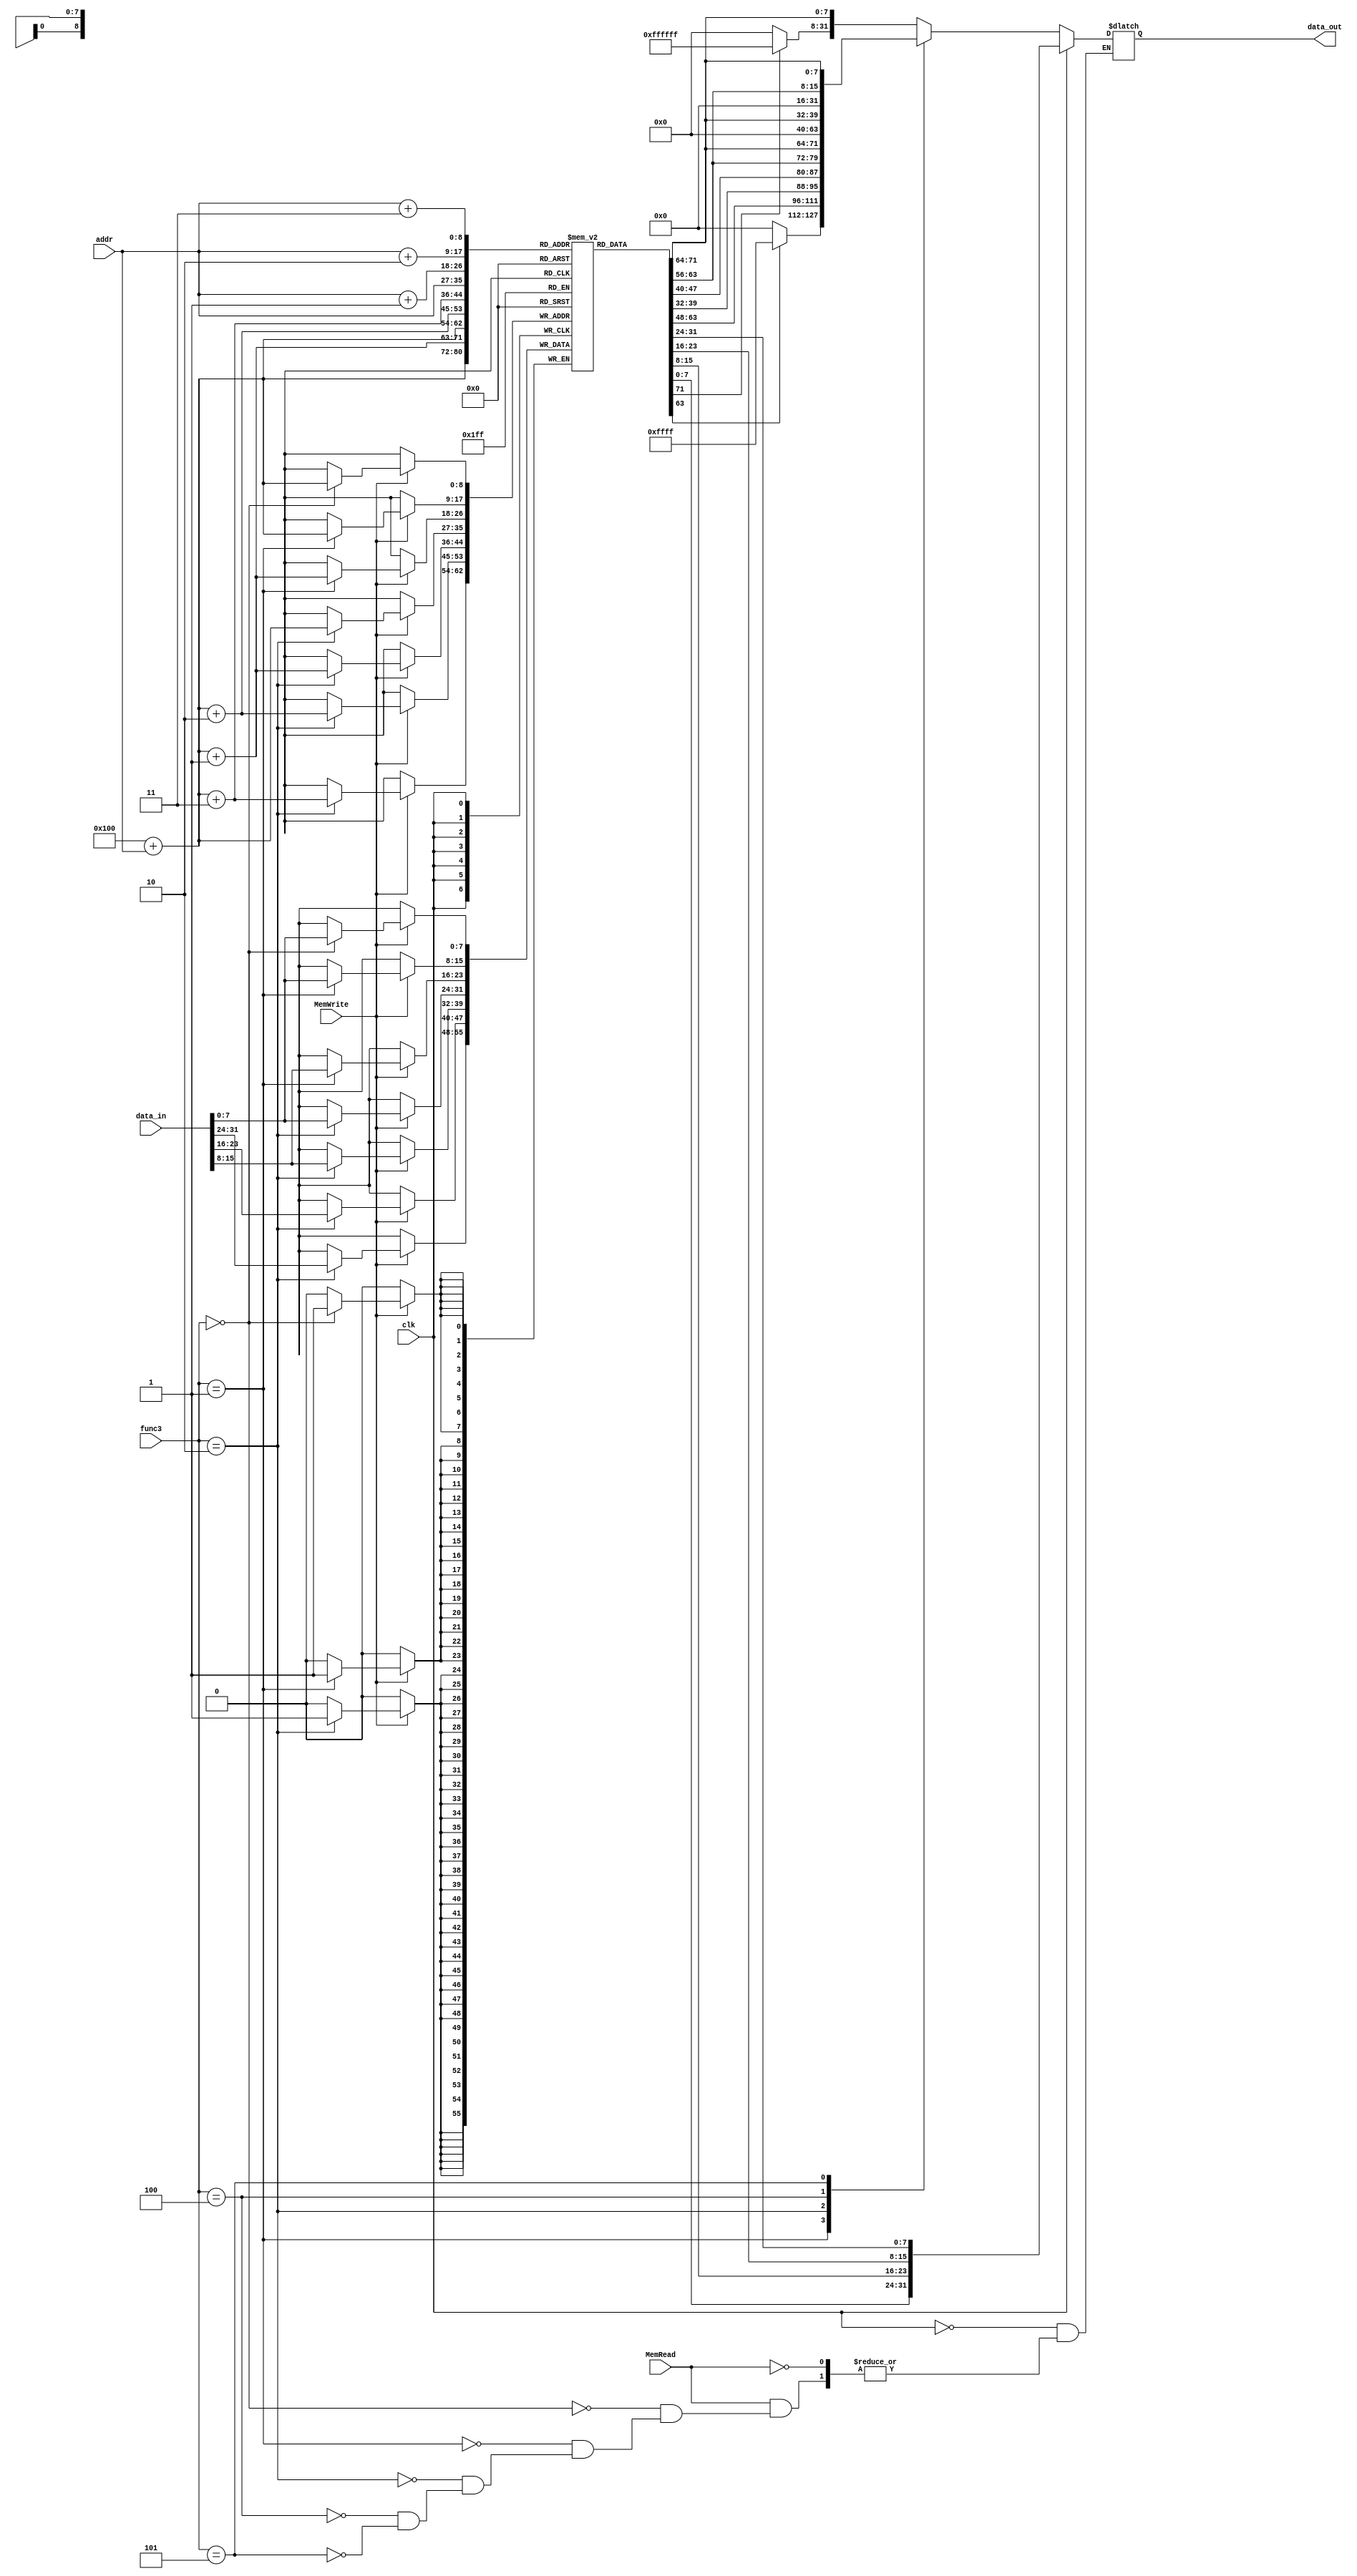
`timescale 1ns / 1ps
//////////////////////////////////////////////////////////////////////////////////
// Company: 
// Engineer: 
// 
// Design Name: 
// Module Name: memory
// Project Name: 
// Target Devices: 
// Tool Versions: 
// Description: 
// 
// Dependencies: 
// 
// Revision:
// Revision 0.01 - File Created
// Additional Comments:
// 
//////////////////////////////////////////////////////////////////////////////////


module memory(input clk, input MemRead, input MemWrite,
 input [8:0] addr, input [31:0] data_in, output reg[31:0] data_out, input [2:0]func3
 );
reg [7:0] mem [511:0];
wire [8:0]offset;
assign offset = 256;



integer i;
// initial begin
 
// for(i = 0; i<512; i=i+1) begin
// mem[i] = 8'd0;
// end
 
//    {mem[256 +3],mem[256 + 2],mem[256 + 1],mem[256 + 0]} = 32'd17;
//    {mem[256 +7],mem[256 + 6],mem[256 + 5],mem[256 + 4]}  = 32'd9;
//  {mem[256 +11],mem[256 + 10],mem[256 + 9],mem[256 + 8]}  = 32'd25;
// //{mem[offset +15],mem[offset + 14],mem[offset + 13],mem[offset + 12]}  = 32'h80000000;
 
 
 
//    {mem[3],mem[2],mem[1],mem[0]}=32'b0000000_00000_00000_000_00000_0110011 ; //add x0, x0, x0
//    {mem[7],mem[6],mem[5],mem[4]}=32'b0000000_00000_00000_000_00000_0110011 ; //add x0, x0, x0
//    {mem[11],mem[10],mem[9],mem[8]} =32'b0000000_00000_00000_000_00000_0110011 ; //add x0, x0, x0
//    {mem[15],mem[14],mem[13],mem[12]} =32'b000000000000_00000_010_00001_0000011 ; //lw x1, 0(x0)
//    {mem[19],mem[18],mem[17],mem[16]} =32'b000000000100_00000_010_00010_0000011 ; //lw x2, 4(x0)
//    {mem[23],mem[22],mem[21],mem[20]} =32'b000000001000_00000_010_00011_0000011 ; //lw x3, 8(x0)
//    {mem[27],mem[26],mem[25],mem[24]} =32'b0000000_00010_00001_110_00100_0110011 ; //or x4, x1, x2
//    {mem[31],mem[30],mem[29],mem[28]} =32'h00320463; //beq x4, x3, 8
//    {mem[35],mem[34],mem[33],mem[32]} =32'b0000000_00010_00001_000_00011_0110011 ; //add x3, x1, x2
//    {mem[39],mem[38],mem[37],mem[36]} =32'b0000000_00010_00011_000_00101_0110011 ; //add x5, x3, x2
//    {mem[43],mem[42],mem[41],mem[40]} =32'b0000000_00101_00000_010_01100_0100011; //sw x5, 12(x0)
//    {mem[47],mem[46],mem[45],mem[44]} =32'b000000001100_00000_010_00110_0000011 ; //lw x6, 12(x0)
//    {mem[51],mem[50],mem[49],mem[48]} =32'b0000000_00000_00000_000_00000_0110011 ; //add x0, x0, x0
//    {mem[55],mem[54],mem[53],mem[52]} =32'b0000000_00001_00110_111_00111_0110011 ; //and x7, x6, x1
//    {mem[59],mem[58],mem[57],mem[56]} =32'b0100000_00010_00001_000_01000_0110011 ; //sub x8, x1, x2
//    {mem[63],mem[62],mem[61],mem[60]} =32'b0000000_00010_00001_000_00000_0110011 ; //add x0, x1, x2
//    {mem[67],mem[66],mem[65],mem[64]} =32'b0000000_00001_00000_000_01001_0110011 ; //add x9, x0, x1              
                  
                  
//         {mem[3], mem[2], mem[1], mem[0]}=32'b00000000000000001001010100010111; // auipc x10, 9
//         {mem[7], mem[6], mem[5], mem[4]}=32'b00000000000000001001010010110111; // lui x9, 9
//         {mem[11], mem[10], mem[9], mem[8]}=32'b00000000010001010000010110010011; // addi x11, x10, 4
//         {mem[15], mem[14], mem[13], mem[12]}=32'b00000000000001010000011000110011; //add x12, x10, x0
//         {mem[19], mem[18], mem[17], mem[16]}=32'b00000000100000000000000011101111; //jal ra,8
//         {mem[23], mem[22], mem[21], mem[20]}=32'b00000000000100000000000001110011; // ebreak
//         {mem[27], mem[26], mem[25], mem[24]}=32'b00001000101101010000110001100011; //beq x10, x11, 152
//         {mem[31], mem[30], mem[29], mem[28]}=32'b00000000101101010001010001100011 ;//bne x10, x11, 8
//         {mem[35], mem[34], mem[33], mem[32]}=32'b00000000000000000000000001110011; // ecall
//         {mem[39], mem[38], mem[37], mem[36]}=32'b00000011001000000000001100010011; //addi x6, x0, 50
//         {mem[43], mem[42], mem[41], mem[40]}=32'b00000000001000110001001100010011; //slli x6, x6, 2
//         {mem[47], mem[46], mem[45], mem[44]}=32'b00000000001000000000001110010011 ; //addi x7, x0, 2
//         {mem[51], mem[50], mem[49], mem[48]}=32'b00000000011100000000000000100011;//sb x7, 0(x0)
//         {mem[55], mem[54], mem[53], mem[52]}=32'b00000000101000000001000000100011; //sh x10, 0(x0)
//         {mem[59], mem[58], mem[57], mem[56]}=32'b00000000101000000010000000100011; // sw x10, 0(x0)
//         {mem[63], mem[62], mem[61], mem[60]}=32'b00000000000000000000111000000011; // lb x28, 0(x0)
//         {mem[67], mem[66], mem[65], mem[64]}=32'b00000000000000000001111010000011;//lh x29, 0(x0)
//         {mem[71], mem[70], mem[69], mem[68]}=32'b00000000000000000010111100000011; //lw x30, 0(x0)
//         {mem[75], mem[74], mem[73], mem[72]}=32'b00000000000000000100111110000011; //lbu x31, 0(x0)
//         {mem[79], mem[78], mem[77], mem[76]}=32'b00000000000000000101001100000011; //lhu x6, 0(x0)
//         {mem[83], mem[82], mem[81], mem[80]}=32'b00000110101101100101000001100011; // bge x12, x11, 96
//         {mem[87], mem[86], mem[85], mem[84]}=32'b00000100110001011100111001100011; //blt x11, x12, 92
//         {mem[91], mem[90], mem[89], mem[88]}=32'b00000100101101100111110001100011; //bgeu x12, x11, 88
//         {mem[95], mem[94], mem[93], mem[92]}=32'b00000100110001011110101001100011; //bltu x11, x12, 84
//         {mem[99], mem[98], mem[97], mem[96]}=32'b11111001110001100011001100010011; //sltiu x6, x12, -100
//         {mem[103], mem[102], mem[101], mem[100]}=32'b00000000001100110100111000010011; //xori x28, x6, 3
//         {mem[107], mem[106], mem[105], mem[104]}=32'b00000000010111100110111000010011; //ori x28, x28, 5
//         {mem[111], mem[110], mem[109], mem[108]}=32'b00000000010111100111111000010011; //andi x28, x28, 5
//         {mem[115], mem[114], mem[113], mem[112]}=32'b00000000000111100101111000010011; //srli x28, x28, 1
//         {mem[119], mem[118], mem[117], mem[116]}=32'b00000010100011100000111000010011; //addi x28, x28, 40
//         {mem[123], mem[122], mem[121], mem[120]}=32'b01000000001011100101111000010011; //srai x28, x28, 2
//         {mem[127], mem[126], mem[125], mem[124]}=32'b00000000001100000000001110010011; //addi x7, x0, 3
//         {mem[131], mem[130], mem[129], mem[128]}=32'b01000000011111100000111000110011; // sub x28, x28, x7
//         {mem[135], mem[134], mem[133], mem[132]}=32'b00000001110011100001111000110011; //sll x28, x28, x28
//         {mem[139], mem[138], mem[137], mem[136]}=32'b00000001110011100010111100110011; //slt x30, x28, x28
//         {mem[143], mem[142], mem[141], mem[140]}=32'b00000000011000000000111010010011; //addi x29, x0, 6
//         {mem[147], mem[146], mem[145], mem[144]}=32'b00000001110011101011111100110011; //sltu x30, x29, x28
//         {mem[151], mem[150], mem[149], mem[148]}=32'b00000001110111110100111100110011; //xor x30, x30, x29
//         {mem[155], mem[154], mem[153], mem[152]}=32'b00000000010011110001111100010011; //slli x30, x30, 4
//         {mem[159], mem[158], mem[157], mem[156]}=32'b00000000011111110101111100110011; //srl x30, x30, x7
//         {mem[163], mem[162], mem[161], mem[160]}=32'b01000000011111110101111100110011; //sra x30, x30, x7
//         {mem[167], mem[166], mem[165], mem[164]}=32'b00000000011111110110111100110011; //or x30, x30, x7
//         {mem[171], mem[170], mem[169], mem[168]}=32'b00000001110111110111111100110011; //and x30, x30, x29
//         {mem[175], mem[174], mem[173], mem[172]}=32'b00000000000000000000000000001111;// fence
//         {mem[179], mem[178], mem[177], mem[176]}=32'b00000000000000001000000001100111; // jalr x0, 0(x1)
                  
//end    


//store
 always @(negedge clk) begin
 if(MemWrite ==1) begin
    case(func3)
    3'b000: mem[256 +addr] = data_in[7:0];//SB
    3'b001: begin mem[256 +addr] = data_in[7:0];
    mem[256 +addr+1]= data_in[15:8];//SH
    end
    3'b010: begin mem[256 + addr] = data_in[7:0];
    mem[256 + addr + 1]=data_in[15:8]; 
    mem[256 + addr + 2]=data_in[23:16];
    mem[256 + addr + 3]=data_in[31:24];
    end //SW
    endcase
 end
 end

 
 always @(*) begin
 if(!clk) begin
     if(MemRead == 1)begin
        case(func3)
        //3'b000: data_out  <=  {{24{mem[addr][7]}},mem[addr]};//LB
        3'b000: data_out  <=  {(mem[256 +addr][7]==1'b1)?24'hffffff:24'h000000,mem[256 +addr]};//LB
        //3'b001: data_out  <=  {{16{mem[addr][15]}},mem[addr+1],mem[addr]};//LH
        3'b001: data_out  <=  {(mem[256 +addr+1][7]==1'b1)?16'hffff:16'h0000,mem[256 +addr+1],mem[offset +addr]};//LH
        3'b010: begin
            data_out  <=  {mem[256 +addr+3],mem[256 +addr+2],mem[256 +addr+1],mem[256 +addr]};//LW
        end
        3'b100: data_out  <=  {24'd0,mem[256 +addr]};//LBU
        3'b101: data_out  <=  {16'd0,mem[256 +addr+1],mem[256 +addr]};//LHU
        endcase
     end
  end
  else data_out <= {mem[addr+3],mem[addr+2],mem[addr+1],mem[addr]};
 end
 
 
 initial begin                    
                       
 for(i = 0; i<512; i=i+1) begin   
 mem[i] = 8'd0;                   
 end              
                                                                                                                                                                                      
 {mem[3], mem[2], mem[1], mem[0]} = 32'h01663c33; // sltu x24, x12, x22                            
 {mem[7], mem[6], mem[5], mem[4]} = 32'h0055a233; // slt x4, x11, x5                               
 {mem[11], mem[10], mem[9], mem[8]} = 32'hb094e717; // auipc x14, 723278                           
 {mem[15], mem[14], mem[13], mem[12]} = 32'hc83894b7; // lui x9, 820105                            
 {mem[19], mem[18], mem[17], mem[16]} = 32'h005b5c93; // srli x25, x22, 1252                       
 {mem[23], mem[22], mem[21], mem[20]} = 32'hfb07cb83; // lbu x23, -80(x15)                         
 {mem[27], mem[26], mem[25], mem[24]} = 32'h01592e33; // slt x28, x18, x21                         
 {mem[31], mem[30], mem[29], mem[28]} = 32'hb605d183; // lhu x3, -1184(x11)                        
 {mem[35], mem[34], mem[33], mem[32]} = 32'h098cd983; // lhu x19, 152(x25)                         
 {mem[39], mem[38], mem[37], mem[36]} = 32'h007bc863; // blt x23, x7, 1056                         
 {mem[43], mem[42], mem[41], mem[40]} = 32'h418a8f93; // addi x31, x21, 1048                       
 {mem[47], mem[46], mem[45], mem[44]} = 32'h6ce31a63; // bne x6, x14, 1748                         
 {mem[51], mem[50], mem[49], mem[48]} = 32'h01c4b833; // sltu x16, x9, x28                         
 {mem[55], mem[54], mem[53], mem[52]} = 32'h150008ef; // add x31, x11, x19                         
 {mem[59], mem[58], mem[57], mem[56]} = 32'h0077fbb3; // jal x17, 336                              
 {mem[63], mem[62], mem[61], mem[60]} = 32'h36d4ce63; // and x23, x15, x7                          
 {mem[67], mem[66], mem[65], mem[64]} = 32'hcdd35097; // blt x9, x13, 892                          
 {mem[71], mem[70], mem[69], mem[68]} = 32'h009b5c13; // auipc x1, 843061                          
 {mem[75], mem[74], mem[73], mem[72]} = 32'h6e964263; // srli x24, x22, -57                        
 {mem[79], mem[78], mem[77], mem[76]} = 32'h36c11623; // blt x12, x9, 1764                         
 {mem[83], mem[82], mem[81], mem[80]} = 32'h004482b3; // add x5, x9, x4                            
 {mem[87], mem[86], mem[85], mem[84]} = 32'h00879693; // slli x13, x15, -1611                      
 {mem[91], mem[90], mem[89], mem[88]} = 32'h15d70837; // lui x16, 89456                            
 {mem[95], mem[94], mem[93], mem[92]} = 32'h01966fb3; // or x31, x12, x25                          
 {mem[99], mem[98], mem[97], mem[96]} = 32'h36c11623; // sh x12, 876(x2)                           
 {mem[103], mem[102], mem[101], mem[100]} = 32'h748003ef; // jal x7, 1864                          
 {mem[107], mem[106], mem[105], mem[104]} = 32'hc3780993; // addi x19, x16, -969                   
 {mem[111], mem[110], mem[109], mem[108]} = 32'h7907d7b7; // lui x15, 495741                       
 {mem[115], mem[114], mem[113], mem[112]} = 32'hcf341823; // sh x19, -784(x8)                      
 {mem[119], mem[118], mem[117], mem[116]} = 32'h25c00ee7; // jalr x29, 604                         


// {mem[3], mem[2], mem[1], mem[0]} =32'b0000000_00000_00000_000_00000_0110011;// noop   
// {mem[7], mem[6], mem[5], mem[4]} = 32'hffb00113; // Addi x2,x0,-5 
// {mem[11], mem[10], mem[9], mem[8]}=32'h00400493; // Addi x9,x0,4  
// {mem[15], mem[14], mem[13], mem[12]}=  32'h00302223; // Sw x3,4(x0)      
// {mem[19], mem[18], mem[17], mem[16]} = 32'h00200023; // Sb x2, 0(x0)     
// {mem[23], mem[22], mem[21], mem[20]} = 32'h00000203;//Lb x4, 0(x0)       
// {mem[27], mem[26], mem[25], mem[24]} = 32'h00201283;// Lh x5, 2(x0)      
// {mem[31], mem[30], mem[29], mem[28]} = 32'h00402303; //Lw x6, 4(x0)      
// {mem[35], mem[34], mem[33], mem[32]} = 32'h00855463; //Bge x10,x8,8        
// {mem[39], mem[38], mem[37], mem[36]} = 32'h00a12213; // Slti x4,x2,10         
// {mem[43], mem[42], mem[41], mem[40]} = 32'hff613213; // Sltiu x4, x2,-10   
// {mem[47], mem[46], mem[45], mem[44]} = 32'h01024213; // Xori x4,x4,16      
// {mem[51], mem[50], mem[49], mem[48]} = 32'h01b4e313; // Ori x6,x9, 27                                         
// {mem[55], mem[54], mem[53], mem[52]} = 32'h000df393; // Andi x7,x27,0                                         
// {mem[59], mem[58], mem[57], mem[56]} = 32'h40a4d913; // Srai x18,x9,10                                            
// {mem[63], mem[62], mem[61], mem[60]} = 32'h40950433; // Sub x8,x10,x9    
// {mem[67], mem[66], mem[65], mem[64]} = 32'h00481d33; //Sll x26,x16,x4    
// {mem[71], mem[70], mem[69], mem[68]} = 32'h02a50463; // Beq x10,x10, 40  
// {mem[75], mem[74], mem[73], mem[72]} = 32'h0042c533; // Xor x10,x5,x4    
// {mem[79], mem[78], mem[77], mem[76]} =  32'h0031d1b3; // Srl x3,x3,x3                                         
// {mem[83], mem[82], mem[81], mem[80]} =  32'h0090e263; //Bltu x1,x9,4     
// {mem[87], mem[86], mem[85], mem[84]}=  32'h40215133; // Sra x2,x2,x2     
// {mem[91], mem[90], mem[89], mem[88]}= 32'h0041e1b3; // Or x3,x3,x4  
// {mem[95], mem[94], mem[93], mem[92]}=  32'b00000000000100000000000001110011;// ebreak 




end



endmodule